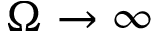
\Omega \to \infty